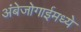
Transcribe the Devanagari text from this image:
अंबेजोगाईमध्ये